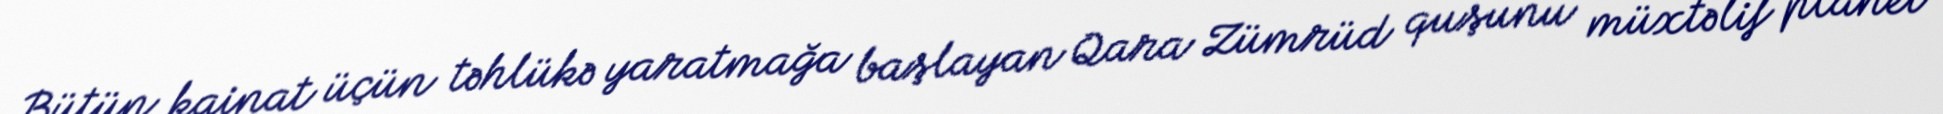
Bütün kainat üçün təhlükə yaratmağa başlayan Qara Zümrüd quşunu müxtəlif planet